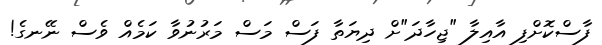
ފާސްކޮށްފި އާއިލާ "ޖިހާދަ"ށް ދިޔަތާ ފަސް މަސް މަރުނުވާ ކަމެއް ވެސް ނޭނގެ!